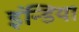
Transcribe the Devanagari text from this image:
इंन्डिया